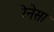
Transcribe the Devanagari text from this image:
रेनेसा